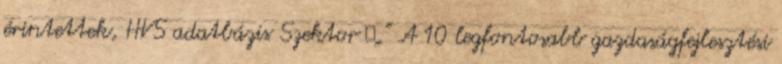
érintettek, HVS adatbázis Szektor ▪„” A 10 legfontosabb gazdaságfejlesztési